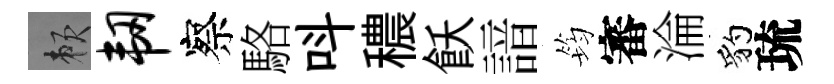
賴韧察駱呌穠飫諳筠審淪豹琉